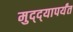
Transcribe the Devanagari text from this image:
मुद्द्‍यापर्यंत